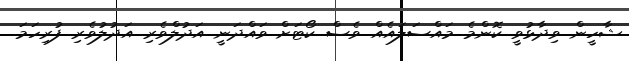
ޝާހީން ވިދާޅުވީ ކޮންމެ މައްސަލައެއް ވެސް ކޯޓަށް ވައްދަނީ އަދުލްވެރި އަދުލުވެރި ފުރިހަމަ